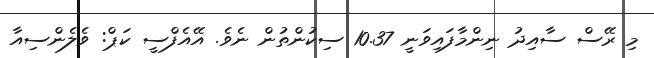
މި ރޭސް ސާއިދު ނިންމާފައިވަނީ 10.37 ސިކުންތުން ނެވެ. އޭއެފްސީ ކަޕް: ވެލެންސިއާ